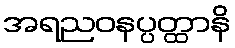
အရညဝနပ္ပတ္ထာနိ